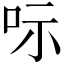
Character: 呩